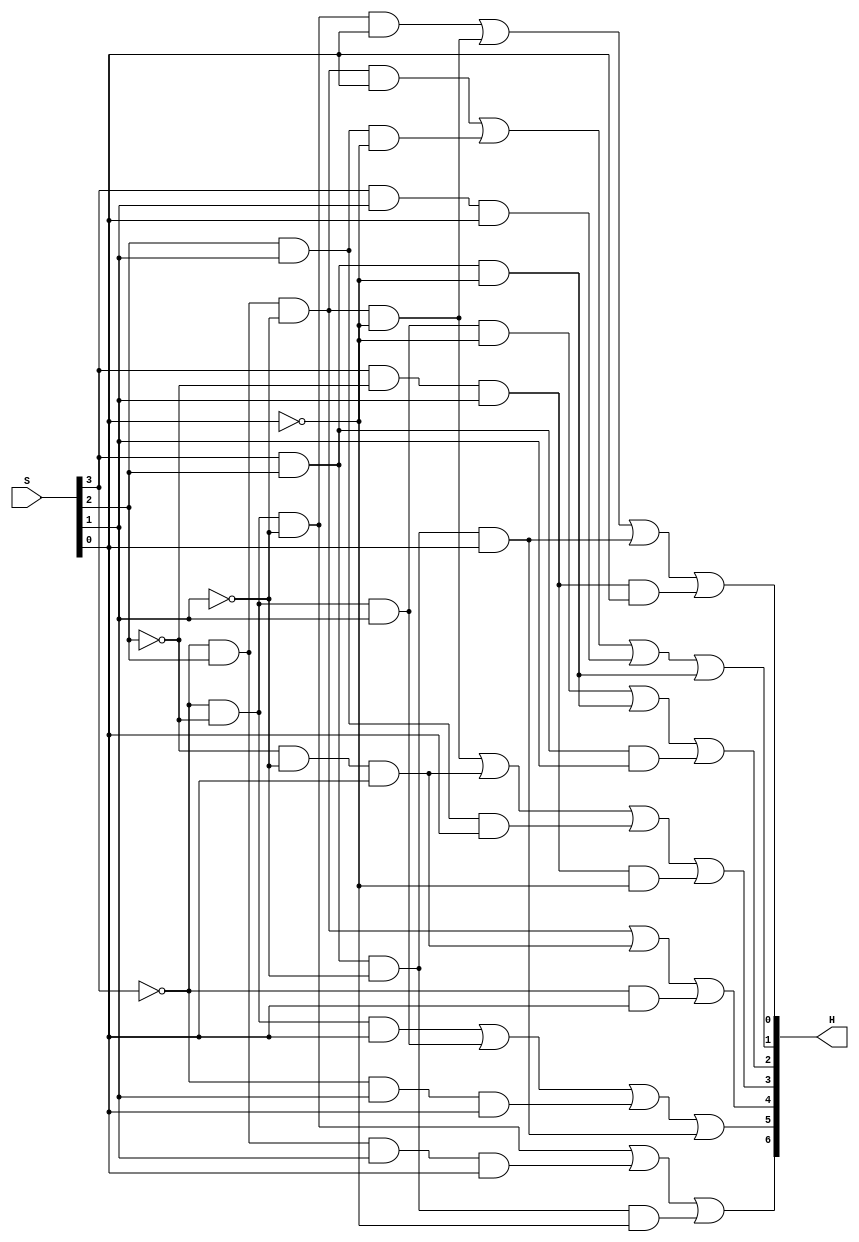
// HEX display on 
module Hex(S,H);
        input [3:0]S;
        output [6:0]H;

        assign H[0]=(~S[3]&~S[2]&~S[1]&S[0])|(~S[3]&S[2]&~S[1]&~S[0])|(S[3]&S[2]&~S[1]&S[0])|(S[3]&~S[2]&S[1]&S[0]);

        assign H[1]=(~S[3]&S[2]&~S[1]&S[0])|(S[2]&S[1]&~S[0])|(S[3]&S[1]&S[0])|(S[3]&S[2]&~S[0]);

        assign H[2]=(~S[3]&~S[2]&S[1]&~S[0])|(S[3]&S[2]&~S[0])|(S[3]&S[2]&S[1]);

        assign H[3]=(~S[3]&S[2]&~S[1]&~S[0])|(~S[2]&~S[1]&S[0])|(S[2]&S[1]&S[0])|(S[3]&~S[2]&S[1]&~S[0]);

        assign H[4]=(~S[3]&S[2]&~S[1])|(~S[2]&~S[1]&S[0])|(~S[3]&S[0]);

        assign H[5]=(~S[3]&~S[2]&S[0])|(~S[3]&~S[2]&S[1])|(~S[3]&S[1]&S[0])|(S[3]&S[2]&~S[1]&S[0]);

        assign H[6]=(~S[3]&~S[2]&~S[1])|(~S[3]&S[2]&S[1]&S[0])|(S[3]&S[2]&~S[1]&~S[0]);
endmodule